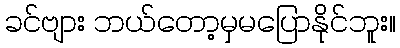
ခင်ဗျား ဘယ်တော့မှမပြောနိုင်ဘူး။